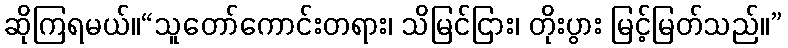
ဆိုကြရမယ်။“သူတော်ကောင်းတရား၊ သိမြင်ငြား၊ တိုးပွား မြင့်မြတ်သည်။”